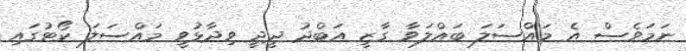
ނަމަވެސް އެ މައްސަލަ ބައްލަވާ ގާޒީ އަބްދު ދީދީ ވިދާޅުވީ މައްސަލަ ކޯޓުގައި